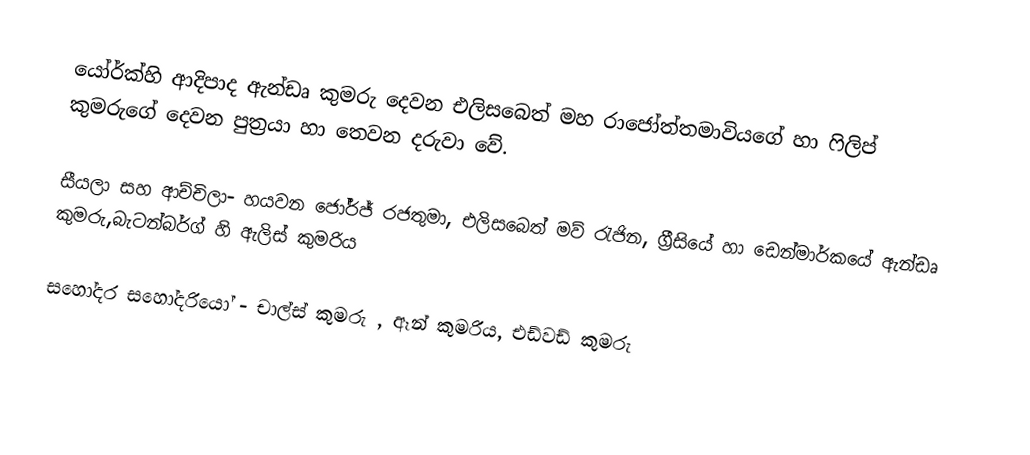
යෝර්ක්හි ආදිපාද ඇන්ඩෘ කුමරු දෙවන එලිසබෙත් මහ රාජෝත්තමාවියගේ හා ෆිලිප් කුමරුගේ දෙවන පුත්‍රයා හා තෙවන දරුවා වේ.

සීයලා සහ ආච්චිලා-  හයවන ජෝර්ජ් රජතුමා, එලිසබෙත් මව් රැජින, ග්‍රීසියේ හා ඩෙන්මාර්කයේ ඇන්ඩෘ කුමරු,බැටන්බර්ග් හි ඇලිස් කුමරිය

සහෝදර සහෝදරියෝ - චාල්ස් කුමරු , ඈන් කුමරිය, එඩ්වඩ් කුමරු